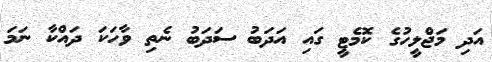
އަދި މަޖްލީހުގެ ކޮމެޓީ ގައި އަދަބު ސަަދަބު ނެތި ވާހަކަ ދައްކާ ނަމަ